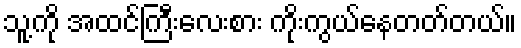
သူ့ကို အထင်ကြီးလေးစား ကိုးကွယ်နေတတ်တယ်။